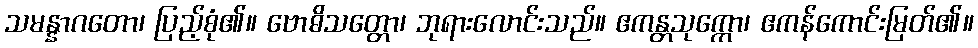
သမန္နာဂတော၊ ပြည့်စုံ၏။ ဗောဓိသတ္တော၊ ဘုရားလောင်းသည်။ ဧကန္တသုက္ကော၊ ဧကန်ကောင်းမြတ်၏။